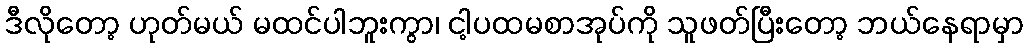
ဒီလိုတော့ ဟုတ်မယ် မထင်ပါဘူးကွာ၊ ငါ့ပထမစာအုပ်ကို သူဖတ်ပြီးတော့ ဘယ်နေရာမှာ